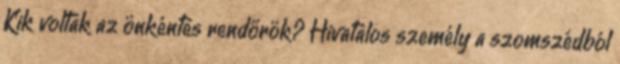
Kik voltak az önkéntes rendőrök? Hivatalos személy a szomszédból